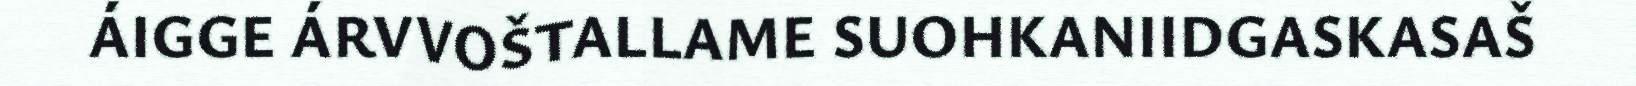
ÁIGGE ÁRVVOŠTALLAME SUOHKANIIDGASKASAŠ